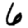
Digit: 6